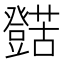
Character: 𱿁